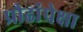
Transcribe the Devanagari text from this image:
प्रौढांपेक्षा